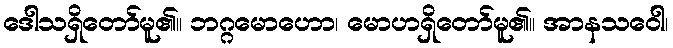
ဒေါသရှိတော်မူ၏။ ဘဂ္ဂမောဟော၊ မောဟရှိတော်မူ၏။ အာနသဝေါ၊